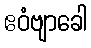
ဧဝံဗျာခေါ